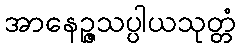
အာနေဉ္ဇသပ္ပါယသုတ္တံ